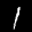
Label: 1